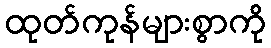
ထုတ်ကုန်များစွာကို